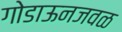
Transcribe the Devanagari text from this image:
गोडाऊनजवळ